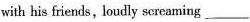
with his friends, loudly screaming_________